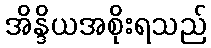
အိန္ဒိယအစိုးရသည်